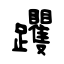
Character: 躩